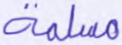
مسلمة